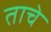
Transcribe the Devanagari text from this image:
ताचे